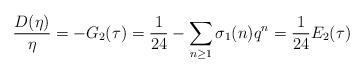
LaTeX: \begin{align*}\frac{D(\eta)}{\eta}=-G_2(\tau)=\frac{1}{24}-\sum_{n\ge 1}\sigma_1(n)q^n=\frac{1}{24}E_2(\tau)\end{align*}